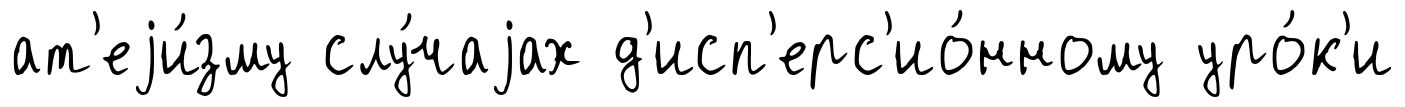
ат'еjи́зму слу́чаjах д'исп'ерс'ио́нному уро́к'и